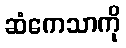
ဆံကေသာကို